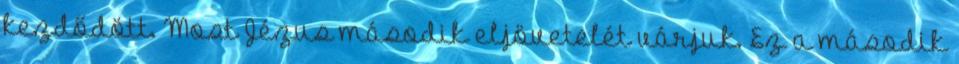
kezdődött. Most Jézus második eljövetelét várjuk. Ez a második